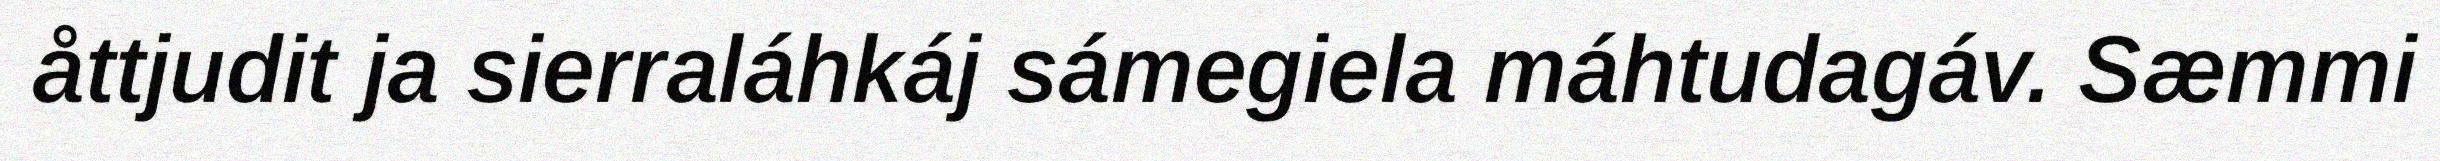
åttjudit ja sierraláhkáj sámegiela máhtudagáv. Sæmmi